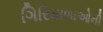
ગિરિમાળાઓની